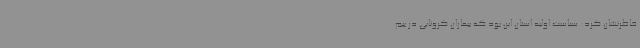
خاطرنشان کرد: سیاست اولیه استان این بود که بیماران کرونایی در بیم